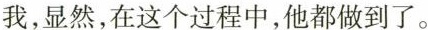
我，显然，在这个过程中，他都做到了。